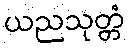
ယညသုတ္တံ